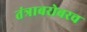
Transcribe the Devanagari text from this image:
तंत्राबरोबरच